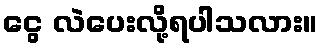
ငွေ လဲပေးလို့ရပါသလား။